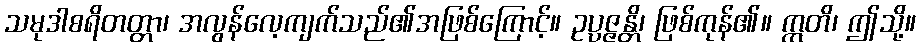
သမုဒါစရိတတ္တာ၊ အလွန်လေ့ကျက်သည်၏အဖြစ်ကြောင့်။ ဥပ္ပဇ္ဇန္တိ၊ ဖြစ်ကုန်၏။ ဣတိ၊ ဤသို့။